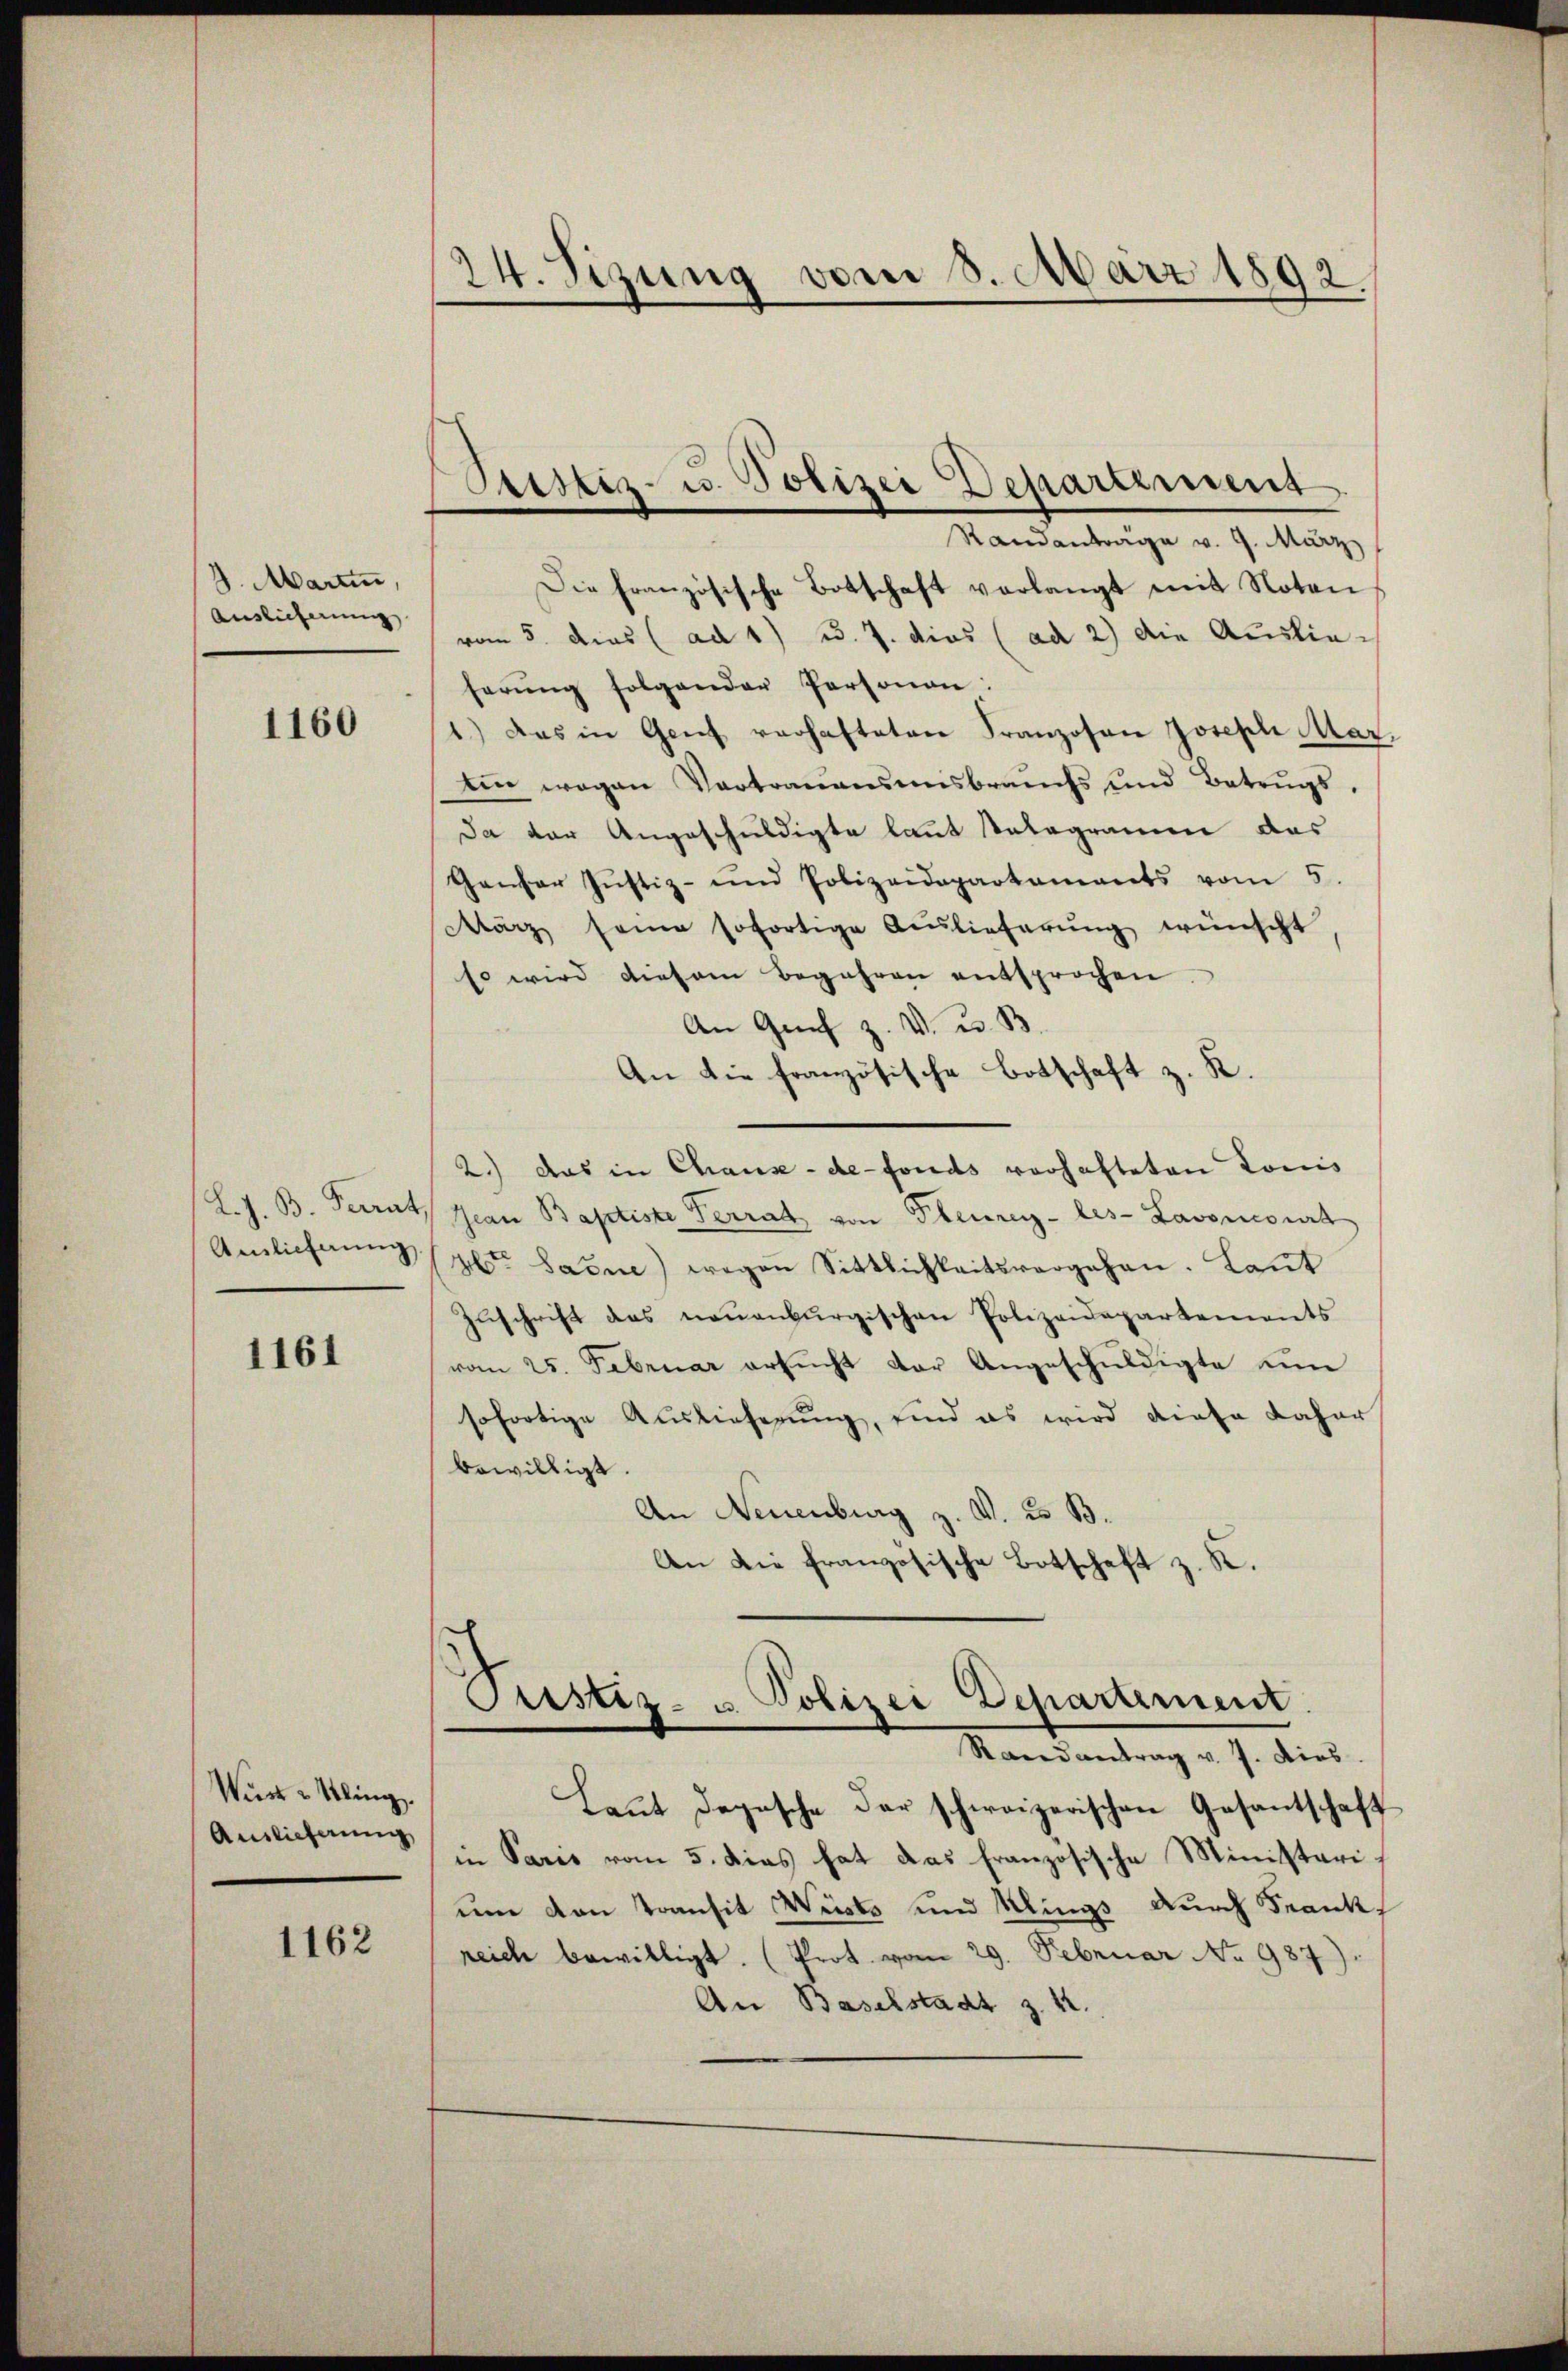
3. Martin,
Auslieferung

1160

1161

Wüst - Kling.
Auslieferung

1162

Randantrage v. 9. März
Die französische Botschaft verlangt mit Noten
vom 5. dies (ad 1) Bd. 7. dies (ad 2) die Auslie-
ferŭng folgender Personen:
1.) Das in Genf verhafteten Franzosen Joseph Mar
Ein wegen Vertrauensmisbrauchs und Betrugs-
Da der Angeschuldigte laut Telegramm das
Gantar Jŭstiz- und Polizeidepartaments vom 5.
März seine sofortige Auslieferŭng wünscht
Es wird diesem begehren entsprochen.
An Graf z. V. u. B.
An die französische Botschaft z. R.
2.) das in Chause -de-Fonds vorhafteten Louis
(L.J. B. Perrat Jean Baptiste Perrat von Pleurey-les- Lavoncourt
Ausliefang (alten Sarne) wegen Sittlichkeitsvergehen. Laut
Zŭschrift das neuenburgischen Polizeidepartements
vom 25. Februar ersucht der Angeschuldigte um
sofortige Auslieferung, sind es wird diese daher
bewilligt.
An Neuenburg z. v. 23 B.
An die französische Botschaft z. K.

24. Sizung vom 8. März 1892

Sistiz- u. Polizei Departement

Verster- u Polizei Departement.
Randantrag v. J. dies

Laŭt Depesche der schweizerischen Gesantschaft
in Paris vom 5. dies hat das französische Ministerium von Transit Wüsts und Klings durch Frank
reich bewilligt. (Prot. vom 29. Februar No 987).
An Baselstadt z. 42.